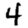
Digit: 4